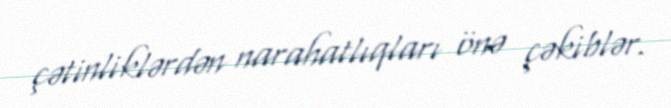
çətinliklərdən narahatlıqları önə çəkiblər.